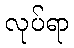
လုပ်ရာ